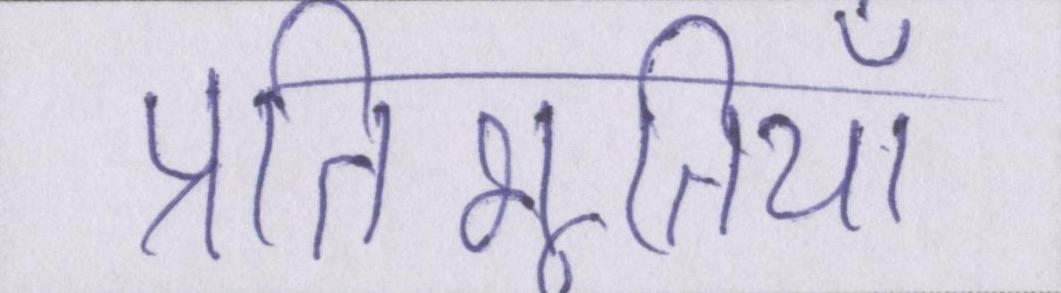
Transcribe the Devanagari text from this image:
प्रतिभूतियाँ